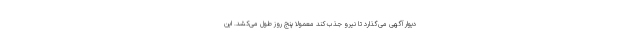
دیوار آگهی می‌گذارد تا نیرو جذب کند معمولا پنج روز طول می‌کشد. این